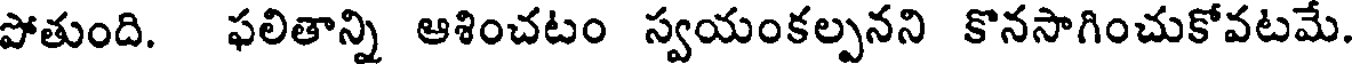
పోతుంది. ఫలితాన్ని ఆశించటం స్వయంకల్పనని కొనసాగించుకోవటమే.